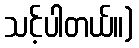
သင့်ပါတယ်။)